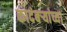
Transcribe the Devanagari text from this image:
कादंबऱ्यांच्या